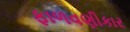
ફાળવણીકાર